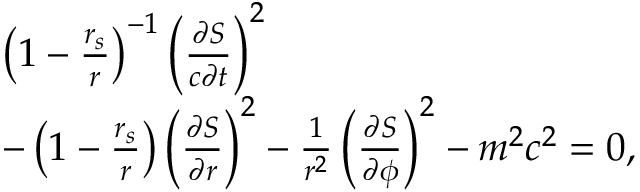
\begin{array} { l } { \left( 1 - \frac { r _ { s } } { r } \right) ^ { - 1 } \left( \frac { \partial S } { c \partial t } \right) ^ { 2 } } \\ { - \left( 1 - \frac { r _ { s } } { r } \right) \left( \frac { \partial S } { \partial r } \right) ^ { 2 } - \frac { 1 } { r ^ { 2 } } \left( \frac { \partial S } { \partial \phi } \right) ^ { 2 } - m ^ { 2 } c ^ { 2 } = 0 , } \end{array}